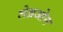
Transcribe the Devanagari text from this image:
लेब्रओन